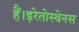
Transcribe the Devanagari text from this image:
हैं।इरेतोस्थेनस